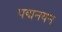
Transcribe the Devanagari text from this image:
पद्मनयन